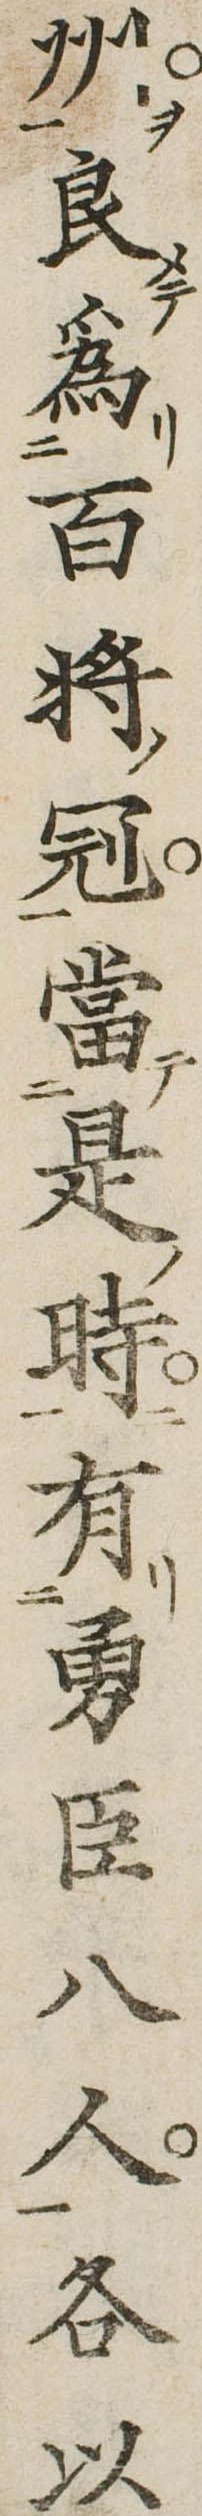
州良為百将冠当是時有勇臣八人各以